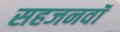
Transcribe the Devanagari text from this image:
सहजनवॉं